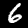
Label: 6